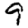
Digit: 9